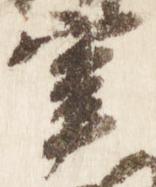
宰